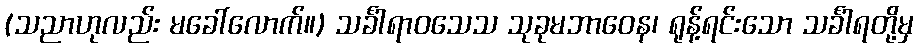
(သညာဟုလည်း မခေါ်လောက်။) သင်္ခါရာဝသေသ သုခုမဘာဝေန၊ ရုန့်ရင်းသော သင်္ခါရတို့မှ